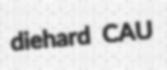
diehard CAU